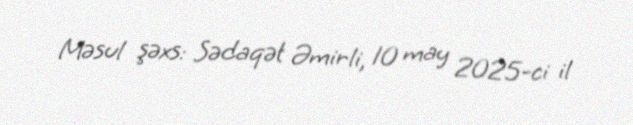
Məsul şəxs: Sədaqət Əmirli, 10 may 2025-ci il